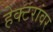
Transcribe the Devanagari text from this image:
हेक्टरांवर